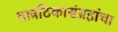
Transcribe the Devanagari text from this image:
वात्रटिकासंग्रहांचा